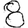
Digit: 8